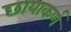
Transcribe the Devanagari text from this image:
छायाकर्ण